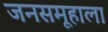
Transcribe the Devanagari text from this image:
जनसमूहाला